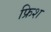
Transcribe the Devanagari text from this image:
फ्रिश